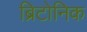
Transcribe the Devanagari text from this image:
ब्रिटोनिक